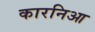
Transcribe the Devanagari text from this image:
कारनिआ